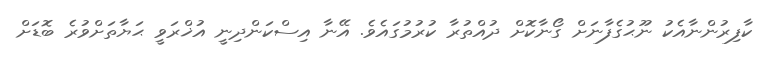
ކާފިރުންނާއެކު ނޫޙުގެފާނަށް ގޯނާކޮށް ދުއްތުރާ ކުރުމުގައެވެ. އޭނާ އިސްކަންދިނީ އުޚްރަވީ ޙަޔާތަށްވުރެ ބޮޑަށް